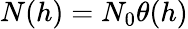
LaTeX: N(h)=N_{0}\theta(h)